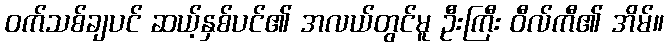
ဝက်သစ်ချပင် ဆယ့်နှစ်ပင်၏ အလယ်တွင်မူ ဦးကြီး ဝီလ်ကီ၏ အိမ်။